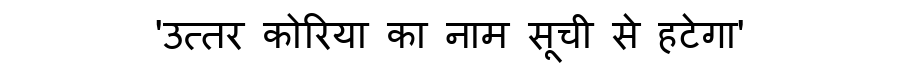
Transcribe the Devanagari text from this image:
'उत्तर कोरिया का नाम सूची से हटेगा'